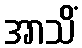
အာသိံ